Note on surra in camels for commandants of camel corps
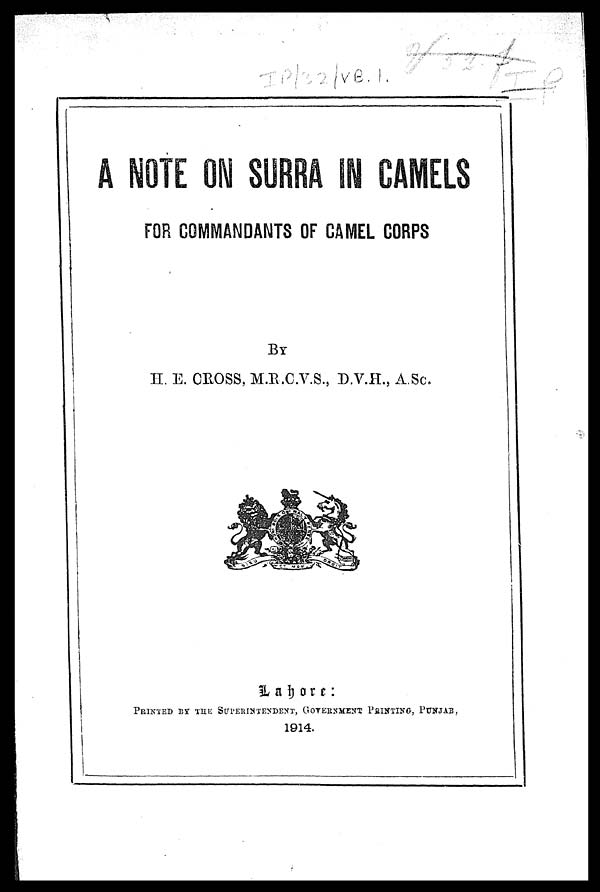
A NOTE ON SURRA IN CAMELS
FOR COMMANDANTS OF CAMEL CORPS
BY
H. E. CROSS, M.R.C.V.S., D.V.H., A.Sc.
Lahore :
PRINTED BY THE SUPERINTENDENT, GOVERNMENT PRINTING. PUNJAB,
1914.